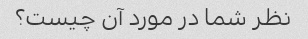
نظر شما در مورد آن چیست؟